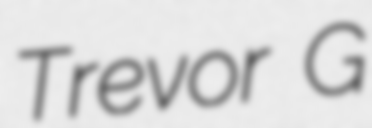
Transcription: Trevor G